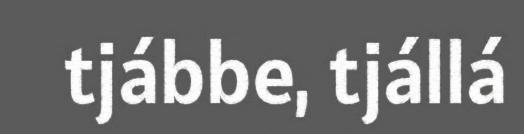
tjábbe, tjállá